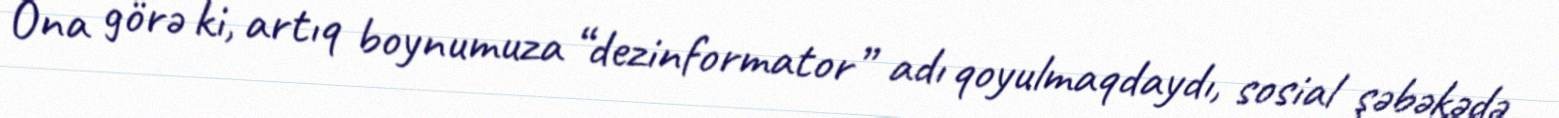
Ona görə ki, artıq boynumuza “dezinformator” adı qoyulmaqdaydı, sosial şəbəkədə